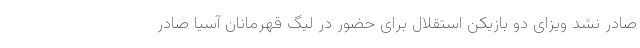
صادر نشد ویزای دو بازیکن استقلال برای حضور در لیگ قهرمانان آسیا صادر